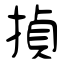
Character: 揁